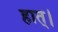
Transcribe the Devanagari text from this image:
हात्।